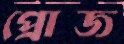
প্রোজ